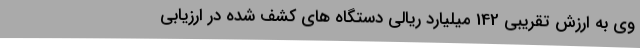
وی به ارزش تقریبی 142 میلیارد ریالی دستگاه های کشف شده در ارزیابی